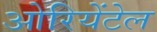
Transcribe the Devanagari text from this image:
ओरियेंटेल